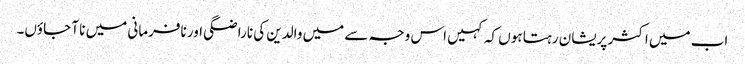
اب میں اکثر پریشان رہتا ہوں کہ کہیں اس وجہ سے میں والدین کی ناراضگی اور نافرمانی میں نا آ جاؤں۔